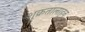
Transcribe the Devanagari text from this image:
शुक्रतालाहून